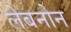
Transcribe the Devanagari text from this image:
लेबनोन